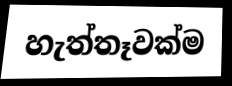
හැත්තෑවක්ම